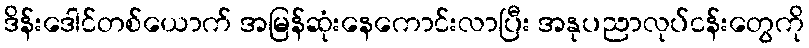
ဒိန်းဒေါင်တစ်ယောက် အမြန်ဆုံးနေကောင်းလာပြီး အနုပညာလုပ်ငန်းတွေကို